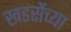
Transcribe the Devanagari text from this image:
खडसेंच्या